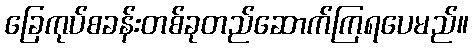
ခြေကုပ်စခန်းတစ်ခုတည်ဆောက်ကြရပေမည်။